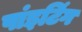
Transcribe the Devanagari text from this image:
पांइटिंग